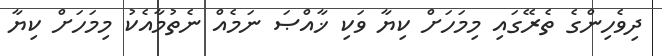
ދިވެހިންގެ ތެރޭގައި މިމަހަށް ކިޔާ ވަކި ޚާއްޞަ ނަމެއް ނެތުމާއެކު މިމަހަށް ކިޔާ